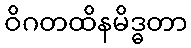
ဝိဂတထိနမိဒ္ဓတာ